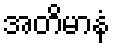
အတိမာနံ